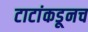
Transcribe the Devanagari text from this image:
टाटांकडूनच